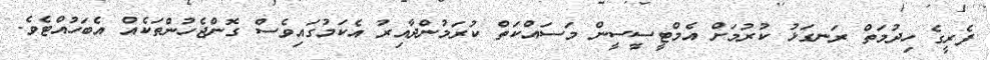
ފެރީގެ ހިދުމަތް ރަނގަޅު ކުރުމަށް އެމްޓީސީސީން މަސައްކަތް ކުރަމުންދާއިރު އެކަމުގައިވެސް ގޮންޖެހުންތަކެއް އެބަހުއްޓެވެ.